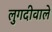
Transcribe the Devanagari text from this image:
लुगदीवाले